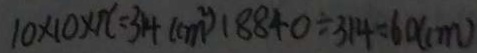
1 0 \times 1 0 \times 1 0 = 3 1 4 ( c m ^ { 2 } ) 1 8 8 4 0 \div 3 1 4 = 6 0 ( c m )